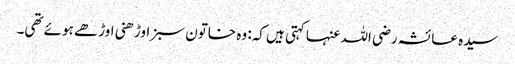
سیدہ عائشہ رضی اللہ عنہا کہتی ہیں کہ: وہ خاتون سبز اوڑھنی اوڑھے ہوئے تھی۔